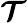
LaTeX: \boldsymbol{\mathcal{T}}